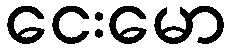
ငေးမော